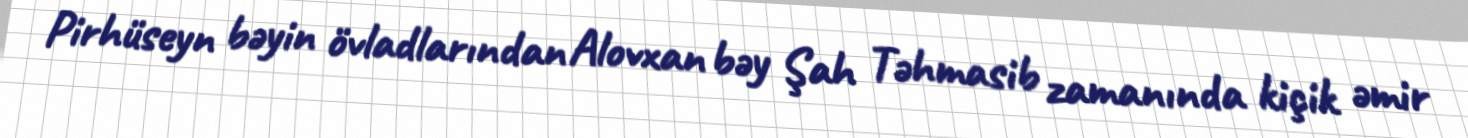
Pirhüseyn bəyin övladlarından Alovxan bəy Şah Təhmasib zamanında kiçik əmir